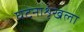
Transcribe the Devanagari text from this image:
घटनाशृंखला